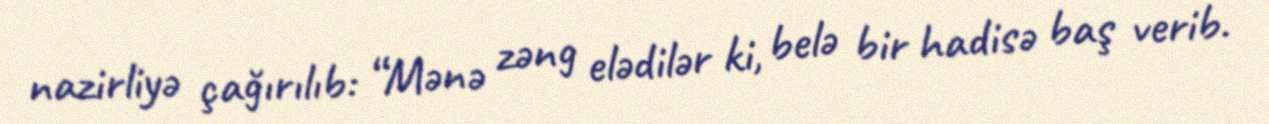
nazirliyə çağırılıb: “Mənə zəng elədilər ki, belə bir hadisə baş verib.